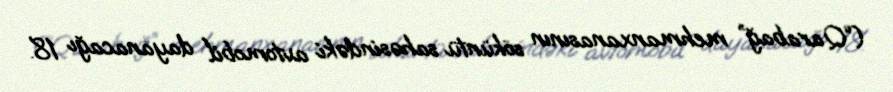
(“Qarabağ” mehmanxanasının söküntü sahəsindəki avtomobil dayanacağı 18.